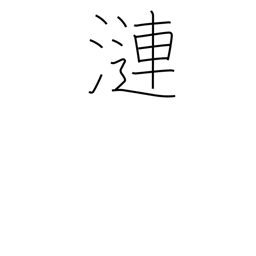
Meaning: ripples